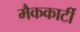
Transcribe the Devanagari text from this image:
मैककार्टी